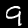
Digit: 9